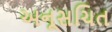
અનૂસચિત